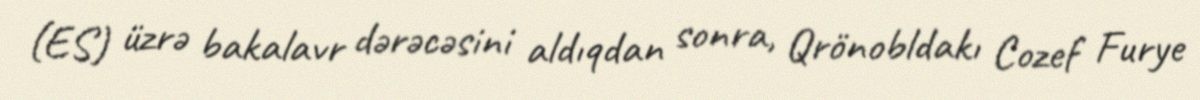
(ES) üzrə bakalavr dərəcəsini aldıqdan sonra, Qrönobldakı Cozef Furye